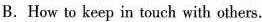
B.How to keep in touch with others.